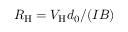
R _ { \mathrm { H } } = V _ { \mathrm { H } } d _ { 0 } / ( I B )